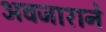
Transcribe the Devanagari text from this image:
अवजाराने